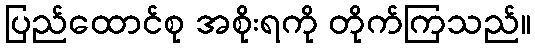
ပြည်ထောင်စု အစိုးရကို တိုက်ကြသည်။